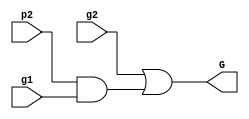
module blue_cell(p2, g1, g2, G);
input  p2, g1, g2;
output G;

wire w1;

and (w1, p2, g1);
or (G, g2, w1);   //G = g2 + p2 * g1

endmodule